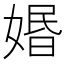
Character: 㛰